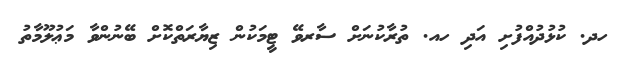
ހދ. ކުޅުދުއްފުށި އަދި ހއ. ތުރާކުނަށް ސާރވޭ ޓީމަކުން ޒިޔާރަތްކޮށް ބޭނުންވާ މަޢުލޫމާތު